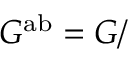
G ^ { \mathrm { a b } } = G /